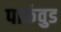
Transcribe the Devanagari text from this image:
पार्कवुड